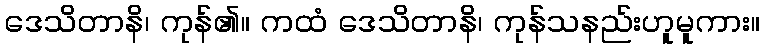
ဒေသိတာနိ၊ ကုန်၏။ ကထံ ဒေသိတာနိ၊ ကုန်သနည်းဟူမူကား။